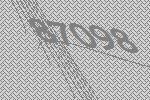
87098